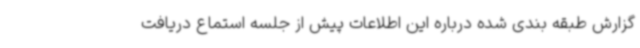
گزارش طبقه بندی شده درباره این اطلاعات پیش از جلسه استماع دریافت